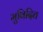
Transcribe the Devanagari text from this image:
मुविदित